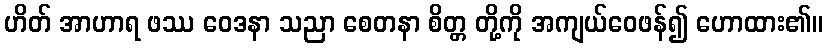
ဟိတ် အာဟာရ ဖဿ ဝေဒနာ သညာ စေတနာ စိတ္တ တို့ကို အကျယ်ဝေဖန်၍ ဟောထား၏။